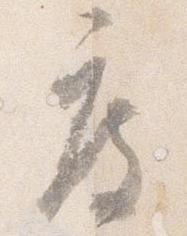
度